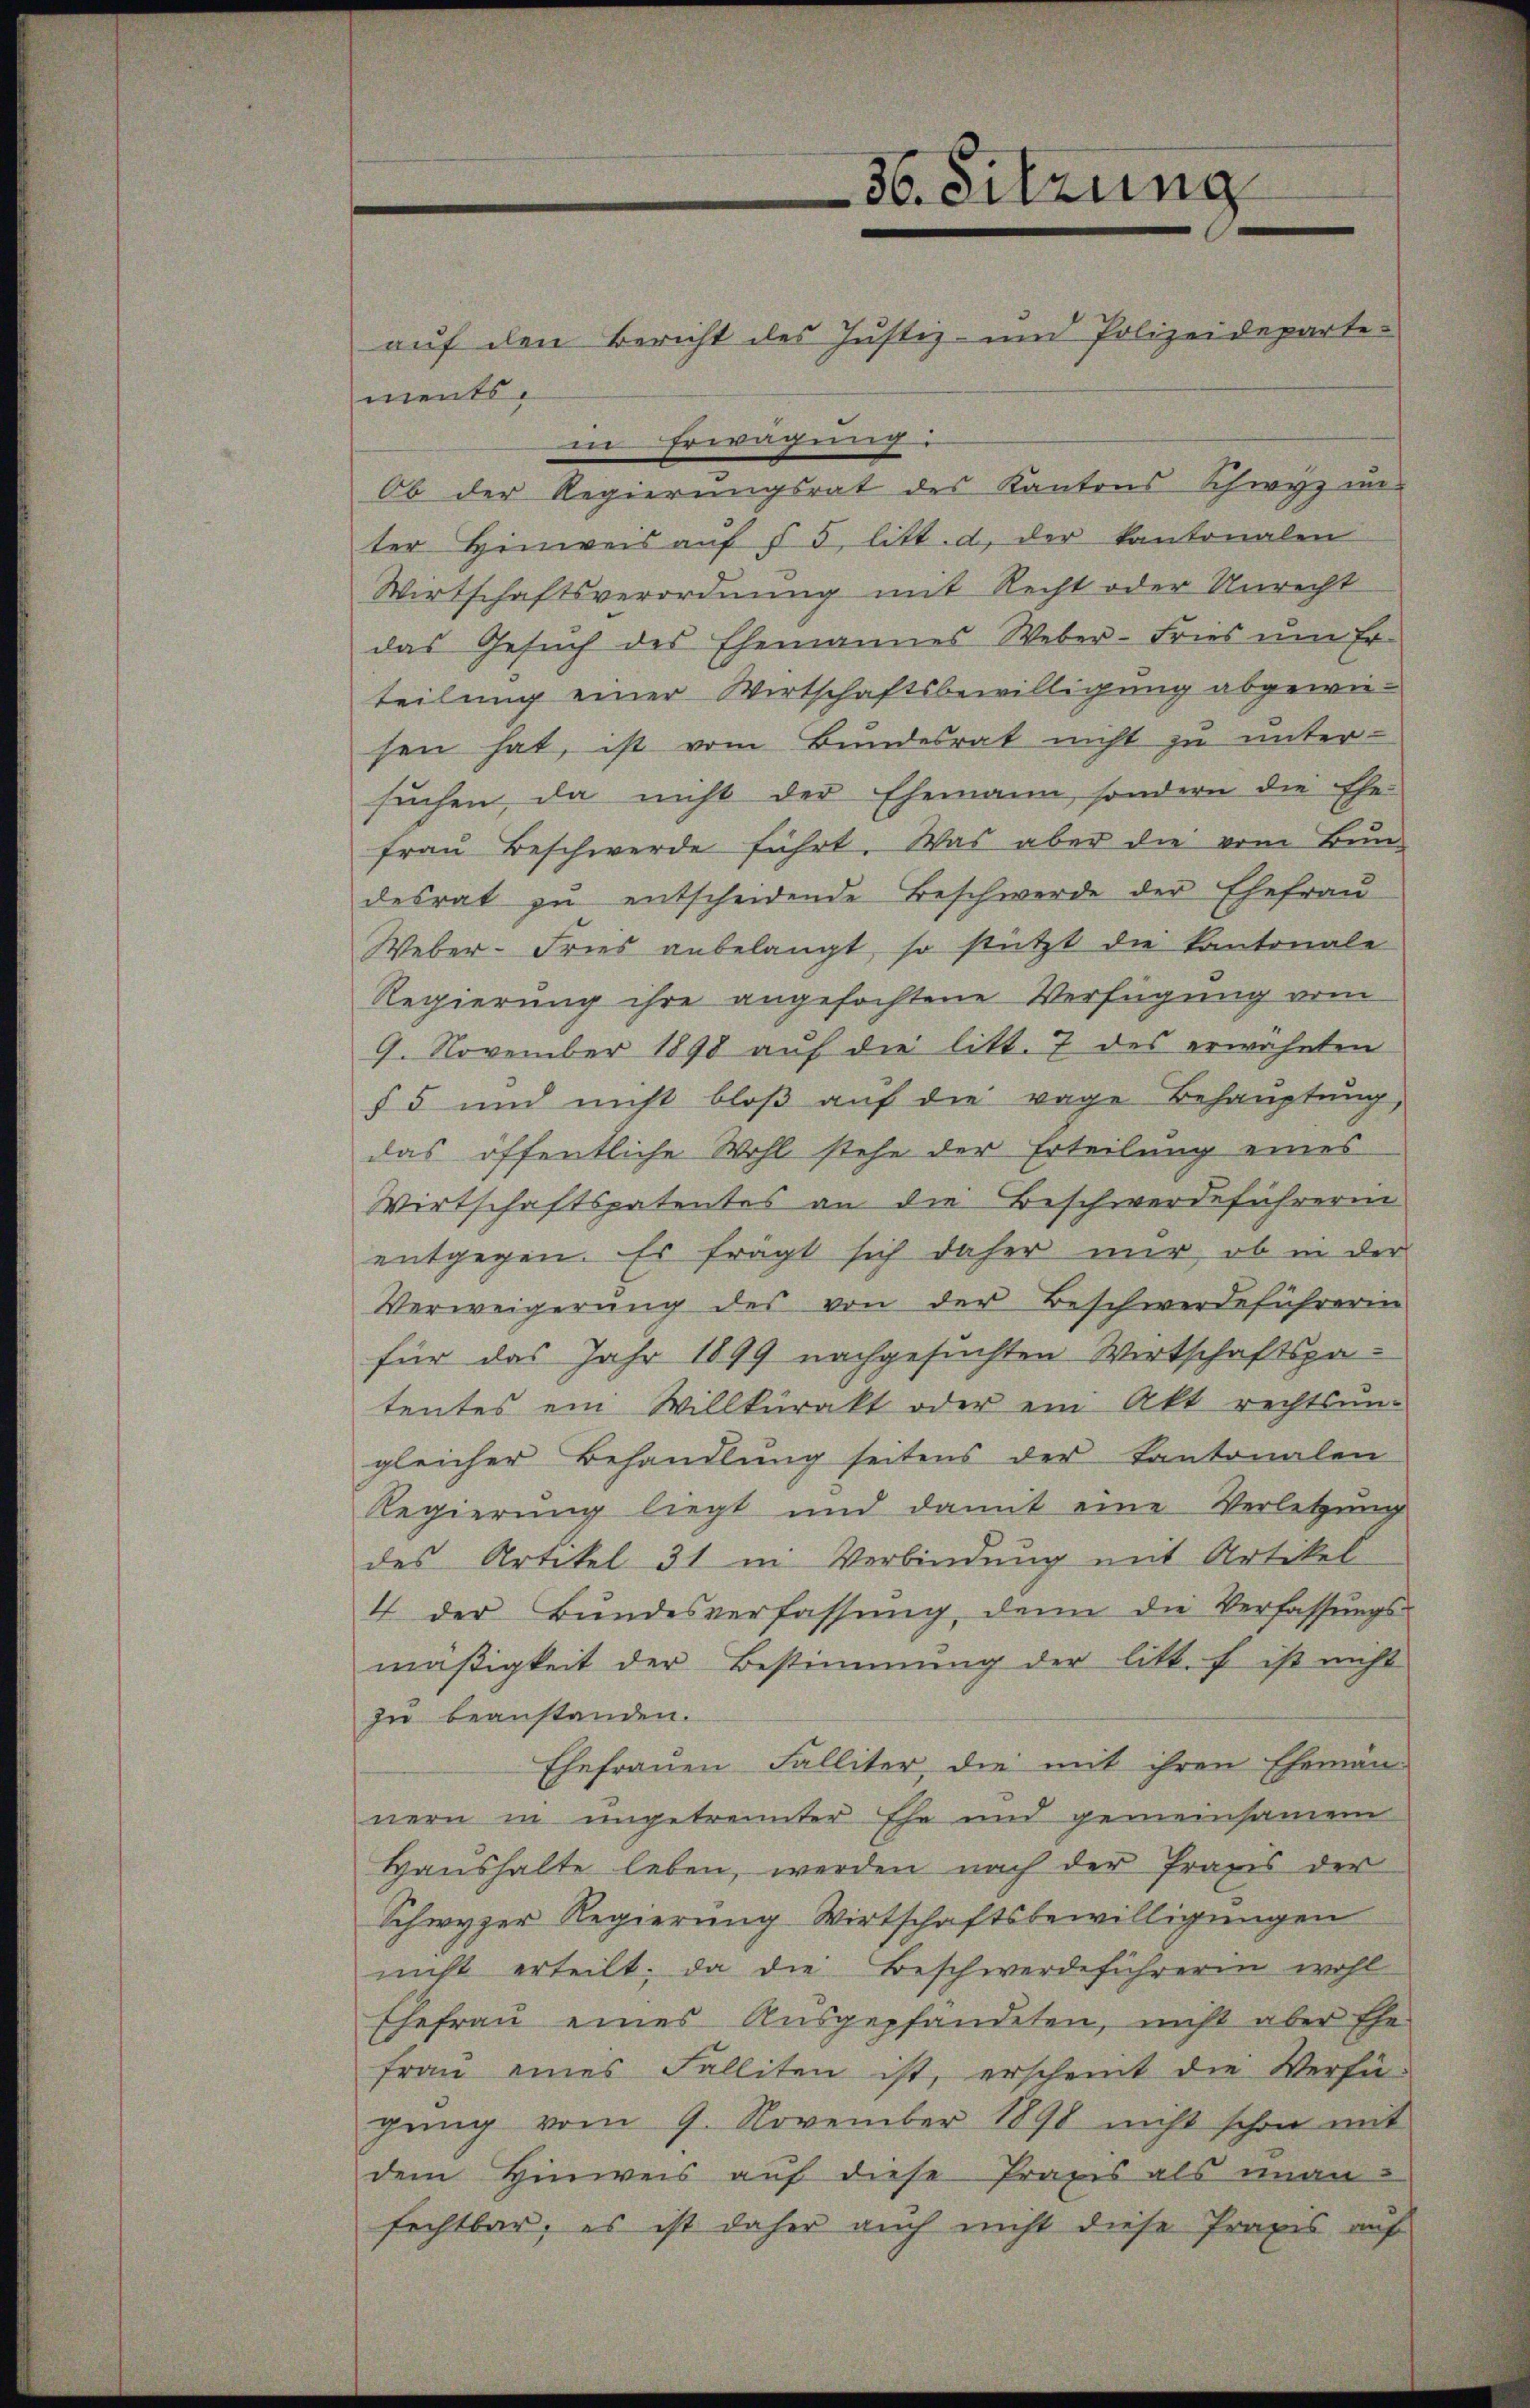
36. Sitzung
auf den Bericht des Justiz- und Polizeideparte¬

mentsin Erwägung
Ob der Regierŭngsrat des Kantons Schwyz un-
ter Hinweis auf § 5 litt. d, der kantonalen
Wirtschaftsverordnung mit Recht oder Unrecht
das Gesuch des Ehemannes Weber-Fries um Erteilung einer Wirtschaftsbewilligung abgewiesen hat, ist vom Bundesrat nicht zu unter-
suchen, da nicht der Ehemann, sondern die Ehe-
Frau Beschwerde führt. Was aber die vom Bun-
desrat zu entscheidende Beschwerde der Ehefrau
Weber-Fries anbelangt, so stützt die Kantonale
Regierung ihre angefochtene Verfügung vom
9. November 1898 auf die litt. 7 des erwähnten
§ 5 und nicht bloß auf die vage Behauptung,
das öffentliche Wohl stehe der Erteilung eines
Wirtschaftspatentes an die Beschwerdeführerin
entgegen. Es frägt sich daher nur, ob in der
Verweigerung des von der Beschwerdeführerin
für das Jahr 1899 nachgesuchten Wirtschaftspatentes ein Willkürakt oder ein Akt rechtsun-
gleicher Behandlung seitens der Kantonalen
Regierung liegt und damit eine Verletzung
des Artikel 31 in Verbindung mit Artikel
4. der Bŭndesverfassŭng, denn die Verfassŭngs-
mäßigkeit der Bestimmung der litt. f ist nicht
zu beanstanden.
Ehefrauen Falliter, die mit ihren Ehemännern in ungetrennter Ehe und gemeinsamen
Haushalte leben, werden nach der Praxis der
Schwyzer Regierung Wirtschaftsbewilligungen
nicht erteilt; da die Beschwerdeführerin wohl
Ehefrau eines Ausgepfändeten, nicht aber Ehe-
frau eines Falliten ist, erscheint die Verfü-
gŭng vom 9. November 1890 nicht schon mit
dem Hinweis auf diese Praxis als unan-
fechtbar, es ist daher auch nicht diese Praxis auf